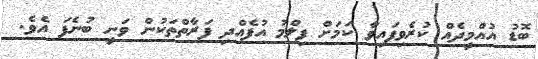
ބޮޑު އުއްމީދެއް ކުރެވިފައިވާ ކަމަށް ފިލްމު އުފެއްދި ފަރާތްތަކުން ވަނީ ބުނެފަ އެވެ.